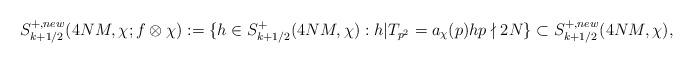
LaTeX: \begin{align*} S_{k+1/2}^{+,new}(4NM,\chi;f \otimes \chi) := \{h \in S_{k+1/2}^+(4NM,\chi): h|T_{p^2} = a_{\chi}(p)h p\nmid 2N \} \subset S_{k+1/2}^{+,new}(4NM,\chi),\end{align*}